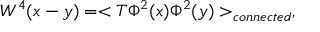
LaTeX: W ^ { 4 } ( x - y ) = < T \Phi ^ { 2 } ( x ) \Phi ^ { 2 } ( y ) > _ { c o n n e c t e d } ,